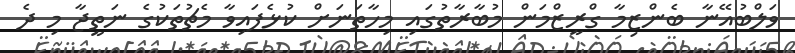
ވަލްބުއޭނާ ބެންޒިމާ ގްރީޒްމަން މުބާރާތުގައި މިހާތަނަށް ކުޅެފައިވާ މެޗުތަކުގެ ނަތީޖާ މި ދެ